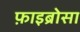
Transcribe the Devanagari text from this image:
फ़ाइब्रोसा